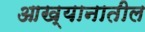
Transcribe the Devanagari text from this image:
आख्यानातील